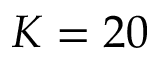
K = 2 0